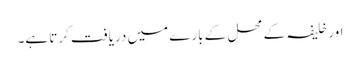
اور خلیفہ کے محل کے بارے میں دریافت کرتا ہے۔